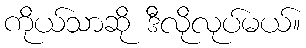
ကိုယ်သာဆို ဒီလိုလုပ်မယ်။